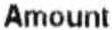
AMOUNT